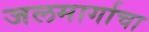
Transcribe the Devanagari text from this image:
जलमार्गाचा